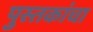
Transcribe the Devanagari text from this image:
पुस्‍तकांचा